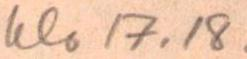
klo 17.18